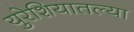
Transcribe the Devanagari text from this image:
युरेशियातल्या